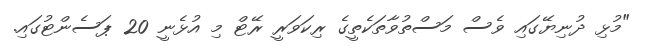
"މުޅި ދުނިޔޭގައި ވެސް މަސްތުވާތަކެތީގެ ރިކަވަރީ ރޭޓް މި އުޅެނީ 20 ޕަސެންޓުގައި.